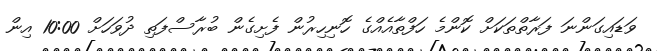
ވަޑައިގަންނަ ފަރާތްތަކަށް ކޮންމެ ހަފްތާއެއްގެ ހޮނިހިރުން ފެށިގެން ބުރާސްފަތި ދުވަހަށް 10:00 އިން